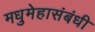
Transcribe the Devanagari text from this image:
मधुमेहासंबंधी